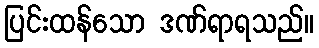
ပြင်းထန်သော ဒဏ်ရာရသည်။